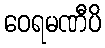
ဝေရမဏီပိ